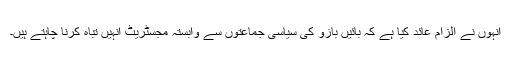
انہوں نے الزام عائد کیا ہے کہ بائیں بازو کی سیاسی جماعتوں سے وابستہ مجسٹریٹ انہیں تباہ کرنا چاہتے ہیں۔